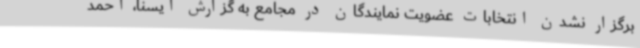
برگزار نشدن انتخابات عضویت نمایندگان در مجامع به گزارش ایسنا، احمد